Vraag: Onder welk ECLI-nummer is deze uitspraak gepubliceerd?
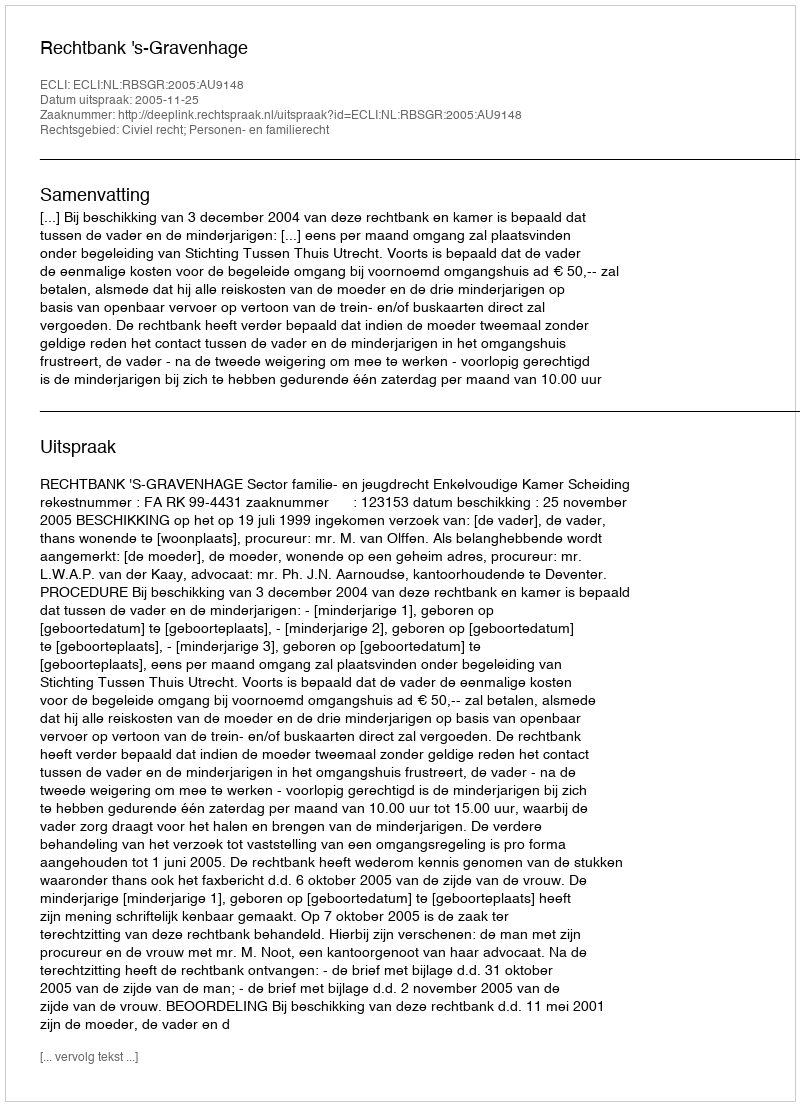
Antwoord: ECLI:NL:RBSGR:2005:AU9148